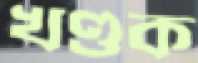
খণ্ডক